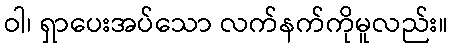
ဝါ၊ ရှာပေးအပ်သော လက်နက်ကိုမူလည်း။